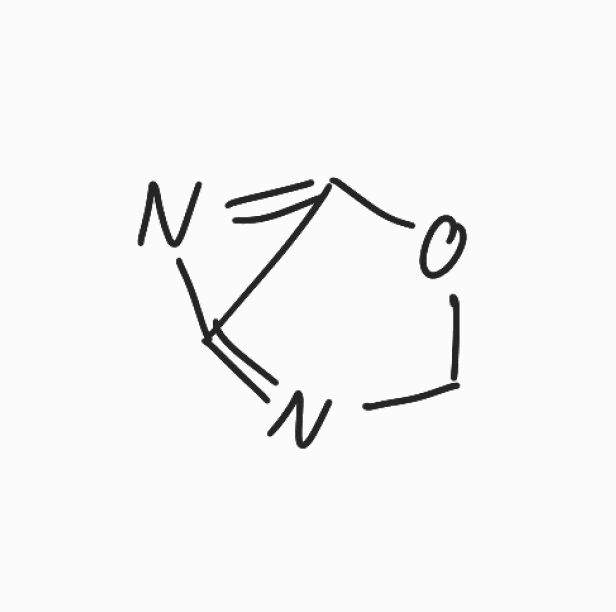
Simplified molecular-input line-entry system (SMILES) notation of the given molecule:
C1N=C2C(=N2)O1